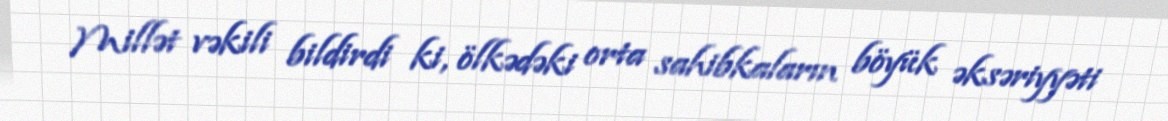
Millət vəkili bildirdi ki, ölkədəki orta sahibkaların böyük əksəriyyəti